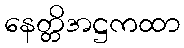
နေတ္တိအဋ္ဌကထာ